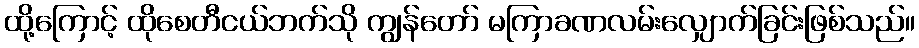
ထို့ကြောင့် ထိုစေတီငယ်ဘက်သို ကျွန်တော် မကြာခဏလမ်းလျှောက်ခြင်းဖြစ်သည်။